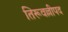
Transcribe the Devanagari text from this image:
तिरूवल्लीपद